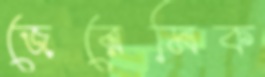
জেরেমিক